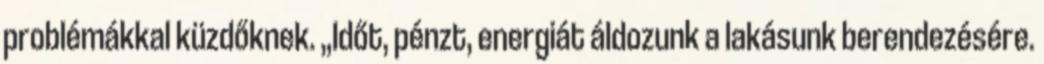
problémákkal küzdőknek. „Időt, pénzt, energiát áldozunk a lakásunk berendezésére.